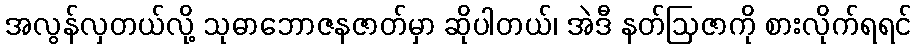
အလွန်လှတယ်လို့ သုဓာဘောဇနဇာတ်မှာ ဆိုပါတယ်၊ အဲဒီ နတ်ဩဇာကို စားလိုက်ရရင်